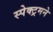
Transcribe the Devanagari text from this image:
स्पेक्ट्रमने